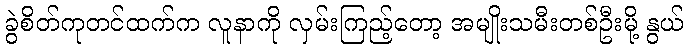
ခွဲစိတ်ကုတင်ထက်က လူနာကို လှမ်းကြည့်တော့ အမျိုးသမီးတစ်ဦးမို့ နွယ်